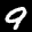
Label: 9